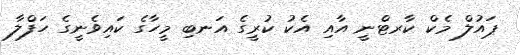
ޕައުލް މެކް ކާރޓްނީ އާއި އެކު ކުރީގެ އަނބި މީހާގެ ކައިވެނީގެ ހަފްލާ